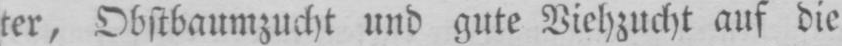
ter, Obstbaumzucht und gute Viehzucht auf die